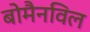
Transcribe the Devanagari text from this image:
बोमैनविल